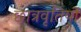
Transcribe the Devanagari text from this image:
छात्रवृतियों